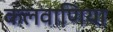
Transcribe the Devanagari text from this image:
कलवाणिया